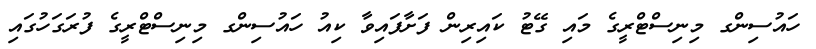
ހައުސިންގ މިނިސްޓްރީގެ މައި ގޭޓު ކައިރިން ފަށާފައިވާ ކިއު ހައުސިންގ މިނިސްޓްރީގެ ފުރަގަހުގައި